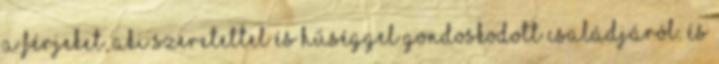
a férjeket, aki szeretettel és hűséggel gondoskodott családjáról. és